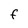
Character: F